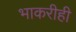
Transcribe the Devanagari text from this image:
भाकरीही